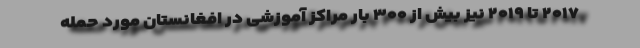
۲۰۱۷ تا ۲۰۱۹ نیز بیش از ۳۰۰ بار مراکز آموزشی در افغانستان مورد حمله